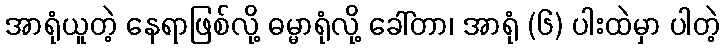
အာရုံယူတဲ့ နေရာဖြစ်လို့ ဓမ္မာရုံလို့ ခေါ်တာ၊ အာရုံ (၆) ပါးထဲမှာ ပါတဲ့